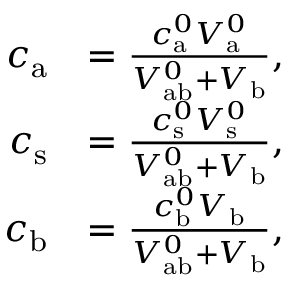
\begin{array} { r l } { c _ { \mathrm { a } } } & { = \frac { c _ { \mathrm { a } } ^ { 0 } V _ { \mathrm { a } } ^ { 0 } } { V _ { \mathrm { a b } } ^ { 0 } + V _ { \mathrm { b } } } , } \\ { c _ { \mathrm { s } } } & { = \frac { c _ { \mathrm { s } } ^ { 0 } V _ { \mathrm { s } } ^ { 0 } } { V _ { \mathrm { a b } } ^ { 0 } + V _ { \mathrm { b } } } , } \\ { c _ { \mathrm { b } } } & { = \frac { c _ { \mathrm { b } } ^ { 0 } V _ { \mathrm { b } } } { V _ { \mathrm { a b } } ^ { 0 } + V _ { \mathrm { b } } } , } \end{array}